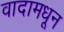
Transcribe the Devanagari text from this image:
वादामधून